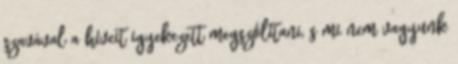
szavával a híveit igyekezett megszólítani, s mi nem vagyunk